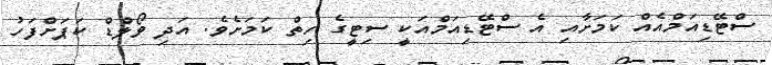
ސްޓޭޑިއަމްއެއް ކަމަށާއި އެ ސްޓޭޑިއަމްއަކީ ސިޓީގެ ހިތް ކަމަށެވެ. އަދި ވޯލްޑް ކަޕަށްފަހު